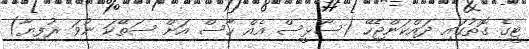
ޓީގެ ގޮތުގައި ދައްކަންޖެހޭ (ސާޅީސް އެއް ހާސް އަށް ސަތޭކަ ނުވަ ރުފިޔާ)